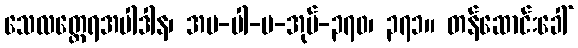
သေလတ္ထေရအပါဒါန၊ အပ-ပါ-ပ-အုပ်-၃၇၀၊ ၃၇၁။ တန်ဆောင်းခေါ်